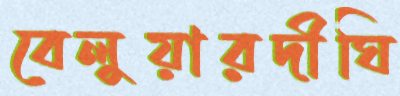
বেলুয়ারদীঘি